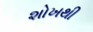
શોખથી